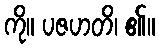
ကို။ ပဇဟတိ၊ ၏။